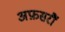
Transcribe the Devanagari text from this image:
अफ़सरौं